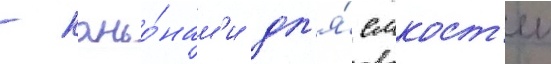
- каньо́нам'и дл'я́ емкост'еи